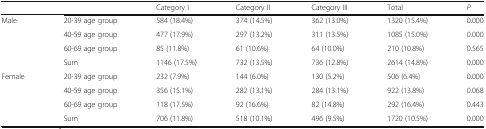
<table><thead><tr><td></td><td></td><td><b>Category I</b></td><td><b>Category II</b></td><td><b>Category III</b></td><td><b>Total</b></td><td><b><i>P</i></b></td></tr></thead><tbody><tr><td>Male</td><td>20-39 age group</td><td>584 (18.4%)</td><td>374 (14.5%)</td><td>362 (13.0%)</td><td>1320 (15.4%)</td><td>0.000</td></tr><tr><td></td><td>40-59 age group</td><td>477 (17.9%)</td><td>297 (13.2%)</td><td>311 (13.5%)</td><td>1085 (15.0%)</td><td>0.000</td></tr><tr><td></td><td>60-69 age group</td><td>85 (11.8%)</td><td>61 (10.6%)</td><td>64 (10.0%)</td><td>210 (10.8%)</td><td>0.565</td></tr><tr><td></td><td>Sum</td><td>1146 (17.5%)</td><td>732 (13.5%)</td><td>736 (12.8%)</td><td>2614 (14.8%)</td><td>0.000</td></tr><tr><td>Female</td><td>20-39 age group</td><td>232 (7.9%)</td><td>144 (6.0%)</td><td>130 (5.2%)</td><td>506 (6.4%)</td><td>0.000</td></tr><tr><td></td><td>40-59 age group</td><td>356 (15.1%)</td><td>282 (13.1%)</td><td>284 (13.1%)</td><td>922 (13.8%)</td><td>0.068</td></tr><tr><td></td><td>60-69 age group</td><td>118 (17.5%)</td><td>92 (16.6%)</td><td>82 (14.8%)</td><td>292 (16.4%)</td><td>0.443</td></tr><tr><td></td><td>Sum</td><td>706 (11.8%)</td><td>518 (10.1%)</td><td>496 (9.5%)</td><td>1720 (10.5%)</td><td>0.000</td></tr></tbody></table>